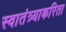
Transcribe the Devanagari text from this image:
स्वातंत्र्याकरिता